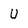
Character: U